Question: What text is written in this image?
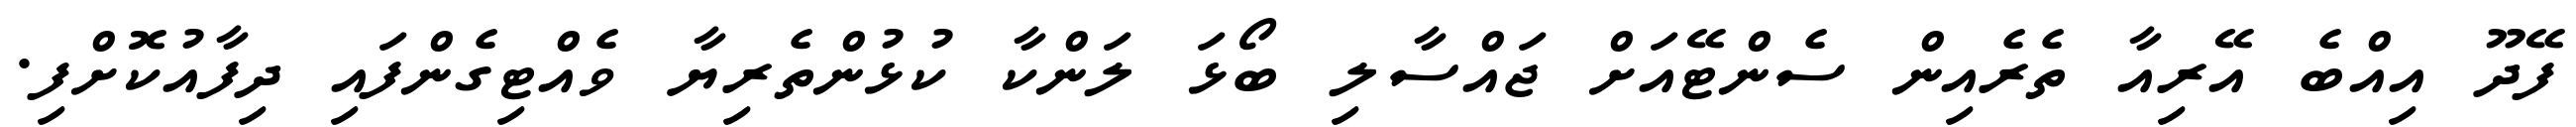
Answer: ފޭދޫ އިއްބެ އޭރިއާ ތެރެއިން ސެންޓޭއަށް ޖައްސާލި ބޯޅަ ލަންކާ ކުޅުންތެރިޔާ ވެއްޓިގެންފައި ދިފާއުކޮށްފި.